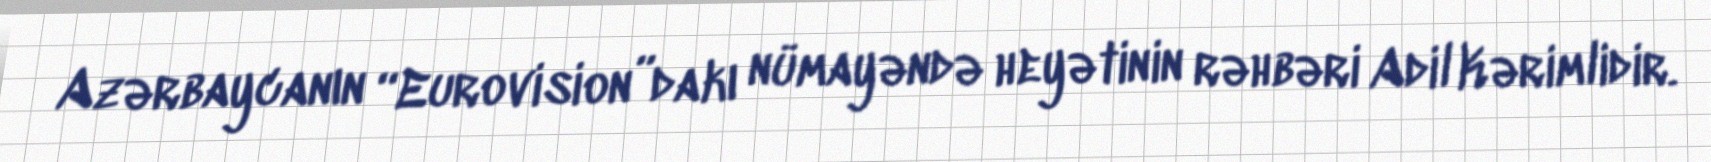
Azərbaycanın “Eurovision”dakı nümayəndə heyətinin rəhbəri Adil Kərimlidir.